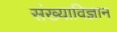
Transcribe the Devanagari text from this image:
संख्याविज्ञान